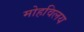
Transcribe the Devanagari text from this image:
मोहविलय